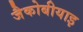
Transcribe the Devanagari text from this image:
जैकोबीयाइ